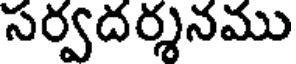
సర్వదర్శనము